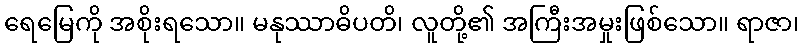
ရေမြေကို အစိုးရသော။ မနုဿာဓိပတိ၊ လူတို့၏ အကြီးအမှုးဖြစ်သော။ ရာဇာ၊